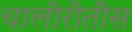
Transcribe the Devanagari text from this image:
चालीरीतींस